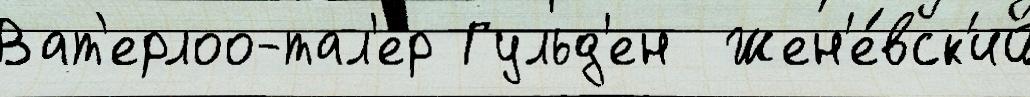
Ват'ерлоо-тал'ер Гульд'ен  Жен'е́вск'ий